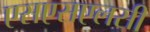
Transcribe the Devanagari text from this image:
एसएसएलसी